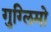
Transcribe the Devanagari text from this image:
गुग्लिमो